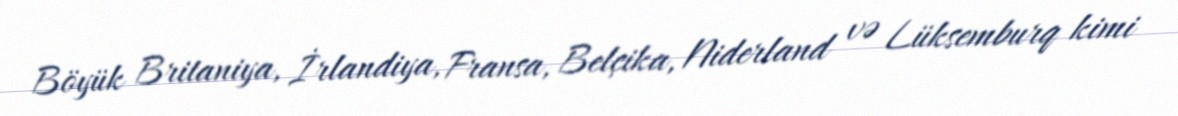
Böyük Britaniya, İrlandiya, Fransa, Belçika, Niderland və Lüksemburq kimi